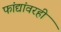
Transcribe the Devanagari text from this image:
फांद्यांवरही